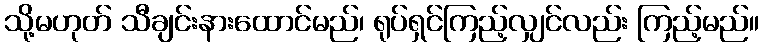
သို့မဟုတ် သီချင်းနားထောင်မည်၊ ရုပ်ရှင်ကြည့်လျှင်လည်း ကြည့်မည်။